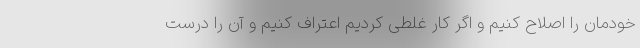
خودمان را اصلاح کنیم و اگر کار غلطی کردیم اعتراف کنیم و آن را درست